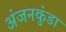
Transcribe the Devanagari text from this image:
अंजनकुंडा